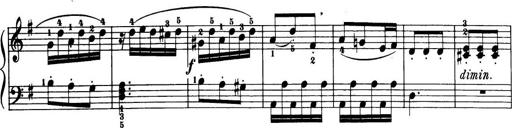
Title: 32 Sonatinas and Rondos for the Piano
Composer: Richard Kleinmichel